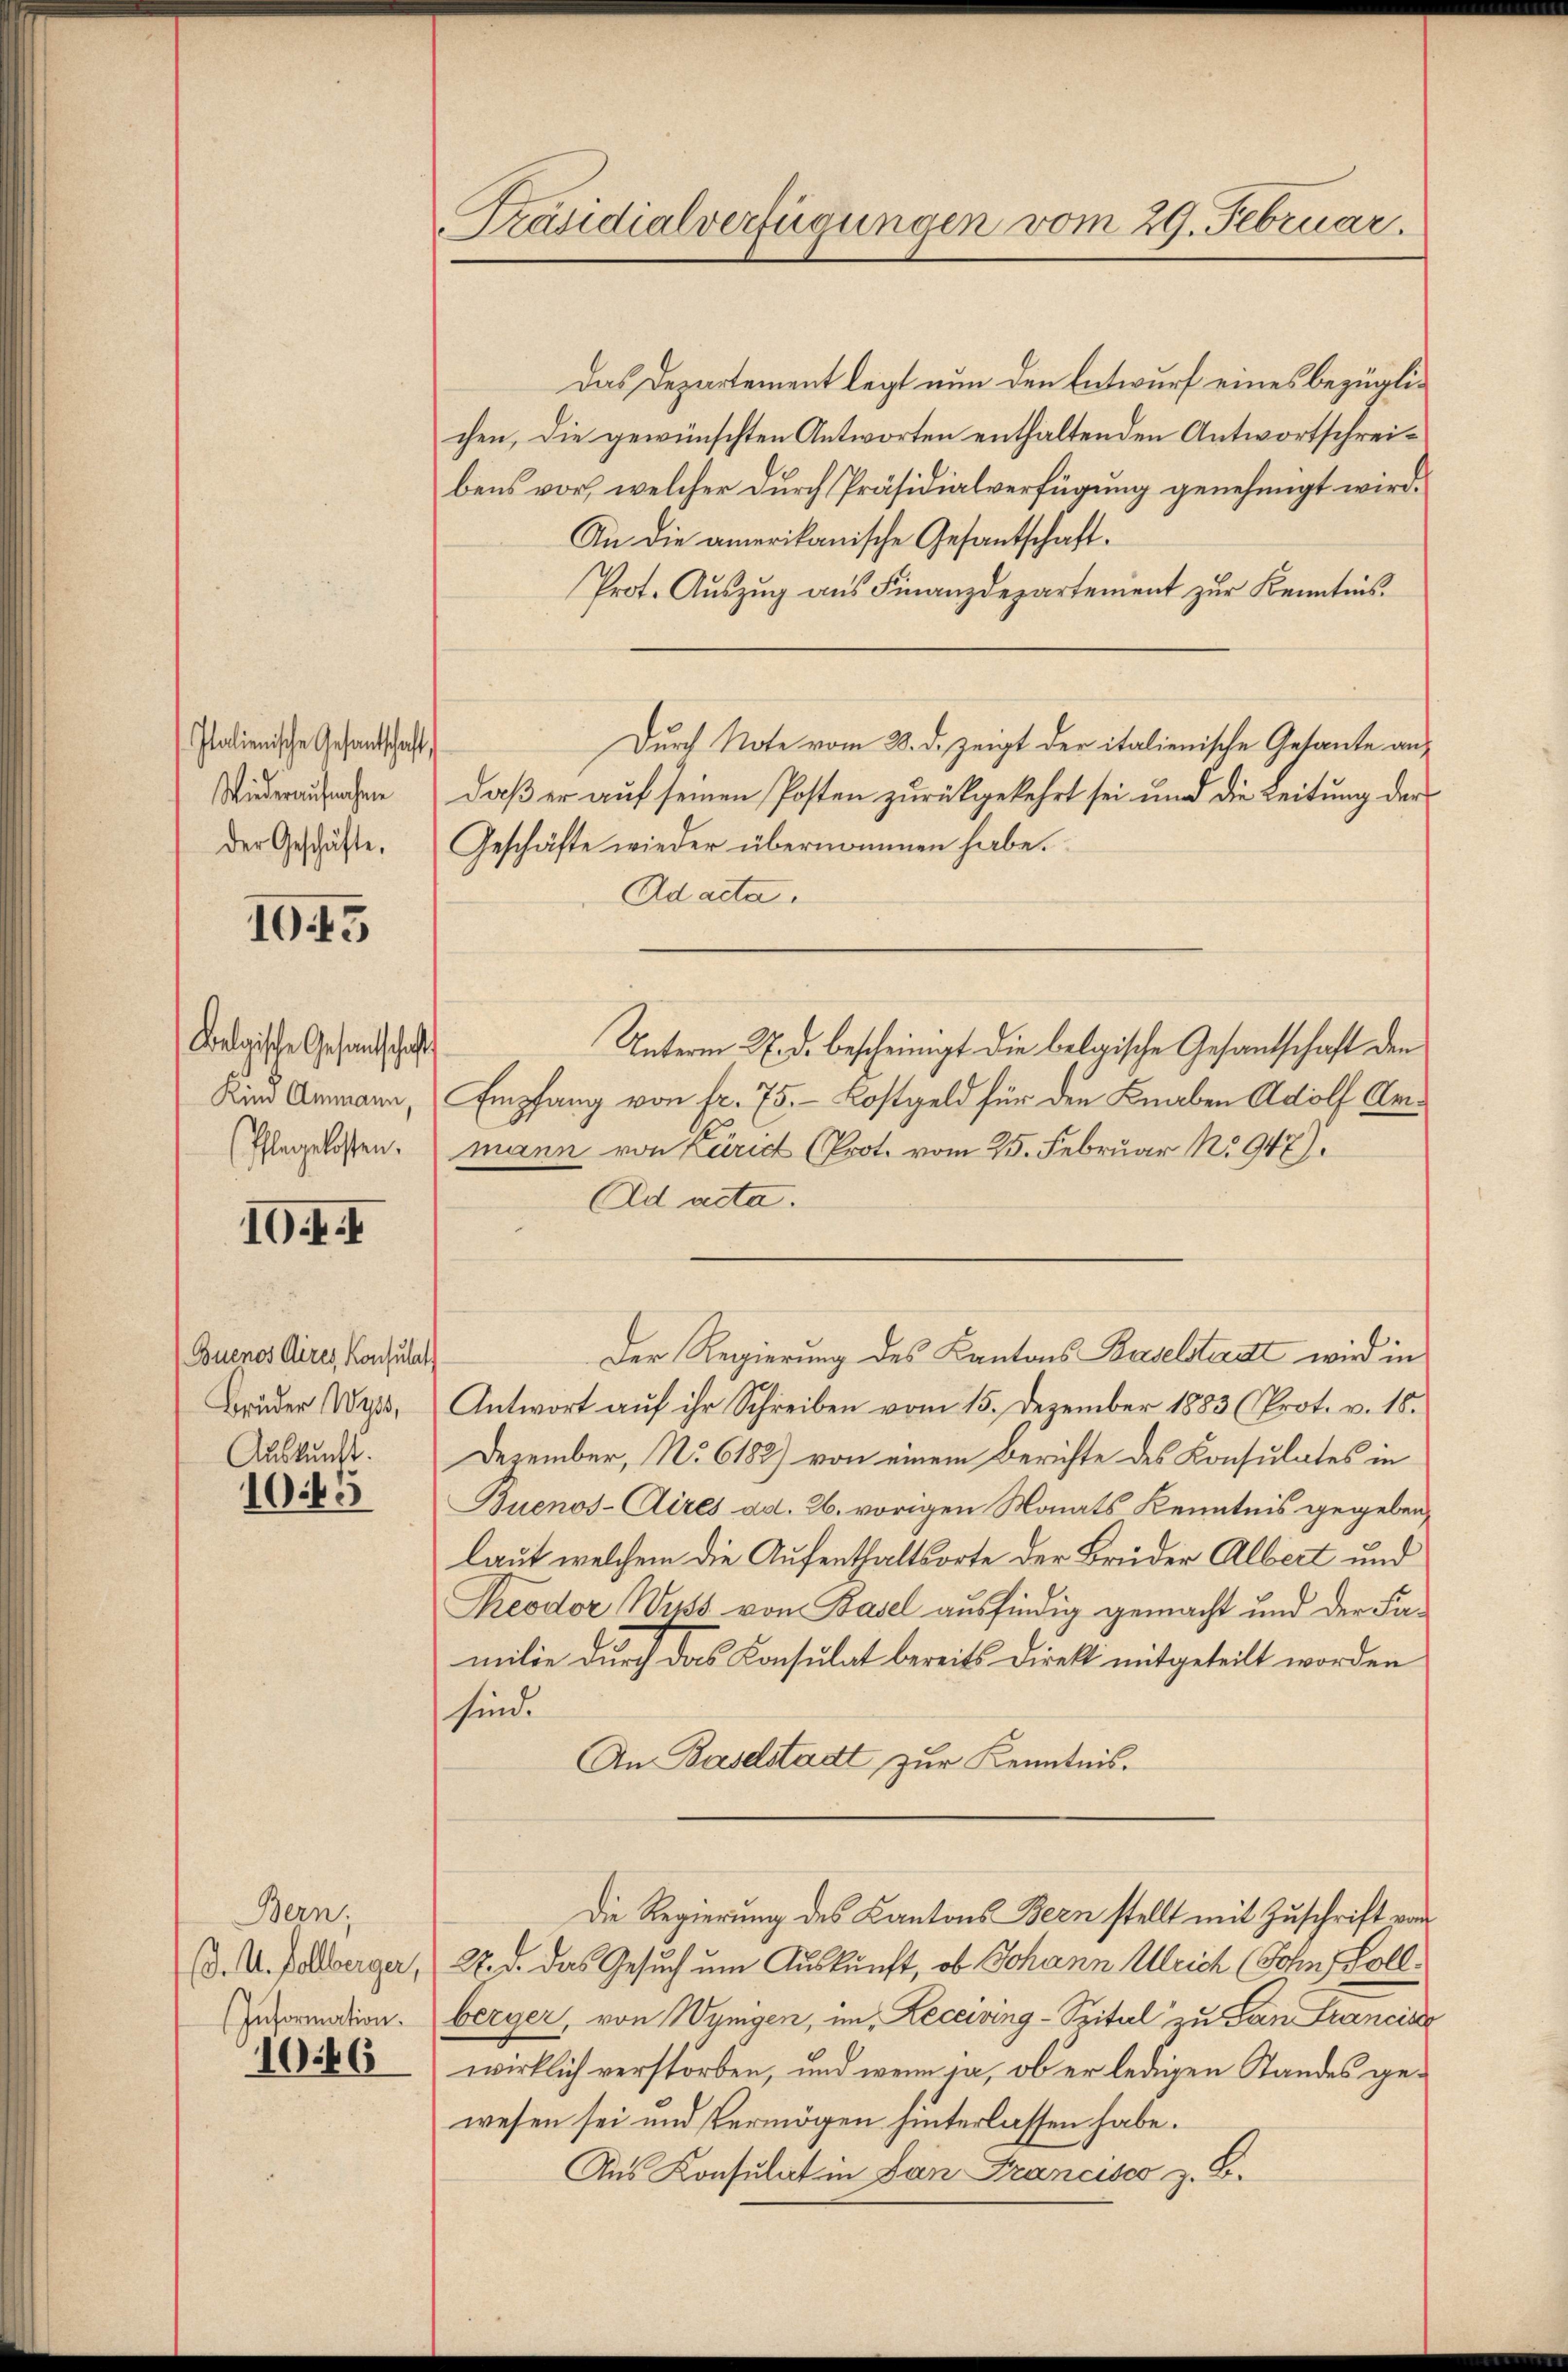
Italienische Gesantschaft,
Wiederaufnahm
Der Geschäfte,

1015

Belgische Gesandtschaft
Kind Ammann,
(Pflegelosten.

10 f. I

Buenos Aires, Konsula
Bruder Wyss,
Auskunft.

10.4.

Bern;
(. U. Kollberger,
Information.

1046

Präsidialverfügungen vom 29. Februar.

Das Departement legt nun den Entwurf eines bezüglichen, die gewünschten Antworten enthaltenden Antwortschreibens vor, welcher durch Präsidialverfügung genehmigt wird.
An die amerikanische Gesantschaft.
Prot. Aŭszŭg aŭs Finanzdepartement zŭr Kenntnis.
Durch Note vom 28. d. zeigt der italienische Gesante andaß er auf seinen Posten zurückgekehrt sei und die Leitung der
Geschäfte wieder übernommen habe.
Ad acta
Unterm 27. d. bescheinigt die belaische Gesandtschaft den
Empfang von fr. 75. - Kostgeld für den Knaben Adolf Armann von Zürich (Prot. vom 25. Februar No. 947).
Ad acta.
Der Regierung des Kantons Baselstadt wird in
Antwort auf ihr Schreiben vom 15. Dezember 1883 (Prot. v. 18.
Dezember, No 6182) von einem Berichte des Konsulates in
Buenos-Aires ad. 26. vorigen Monats Kenntnis gegeben,
laut welchem die Aufenthaltsorte der Brüder Albert und
Peodor Wüst von Basel ausfindig gemacht und der Familie durch das Consulat bereits Direkt mitgeteilt worden
sind.
An Baselstadt zur Kenntnis.
Die Regierung des Kantons Bern stellt mit Zuschrift von
27. d. das Gesuch um Auskunft, ob Johann Ulrich (Sohn, Sollberger, von Wynigen, um Receiring-Spital zu San Frage eine
wirklich verstorben, und wenn ja, ob er ledigen Standes gewesen sei und Vermögen hinterlassen habe.
Aus Konsulat in San Francisco z. B.